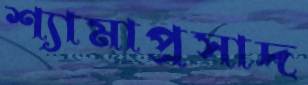
শ্যামাপ্রসাদ